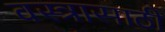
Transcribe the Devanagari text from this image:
वस्त्रासाठी